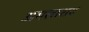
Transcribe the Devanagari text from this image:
अमलाशय